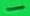
Text: -